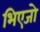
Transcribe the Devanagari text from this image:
भिएजो